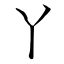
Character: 丫